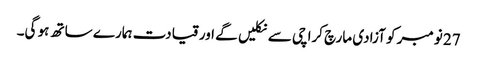
27 نومبر کو آزادی مارچ کراچی سے نکلیں گے اور قیادت ہمارے ساتھ ہو گی۔